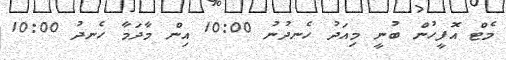
މެޓް އޮފީހުން ބުނީ މިއަދު ހެނދުނު 10:00 އިން މާދަމާ ހެނދު 10:00